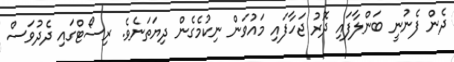
ދެން ފެނުނީ ބަންލާފައި ދޮރު ޖަހާފައި މައުވަން ނިކުމެގެން ދިޔަތަނެވެ. ރިސޯޓްގައި ދެދުވަސް